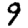
Digit: 9